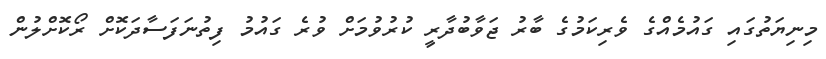
މިނިޔަތުގައި ގައުމެއްގެ ވެރިކަމުގެ ބާރު ޖަވާބުދާރީ ކުރުވުމަށް ވުރެ ގައުމު ފިތުނަފަސާދަކޮށް ރޯކޮށްލުން